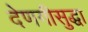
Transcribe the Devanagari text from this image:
देणगीसुद्धा